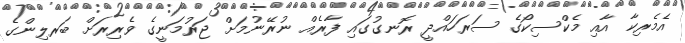
އެމެރިކާ އާއި މެކްސިކޯގެ ސަރަހައްދީ ރޮނގުގައި ފާރެއް ނުރޭނުމަށް ޖަރުމަނީގެ ވެރިރަށް ބަރލިންގެ